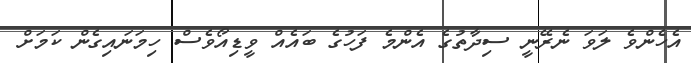
އެހެންވެ ލަވަ ނެރޭނީ ސިދާތުގެ އެންމެ ފަހުގެ ބައެއް ވީޑިއޯވެސް ހިމަނައިގެން ކަމަށް